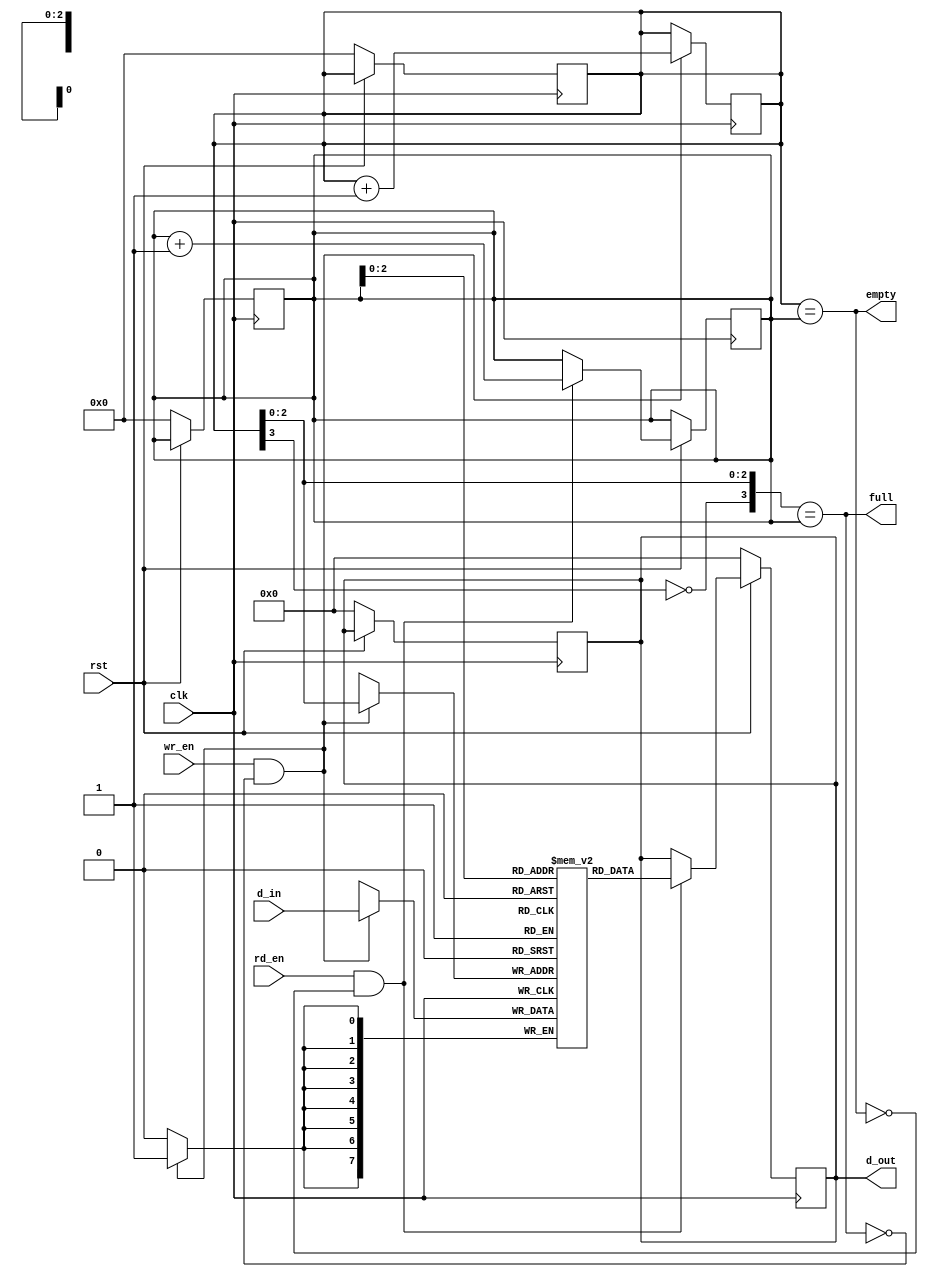
module fifo #(parameter depth=8)(
    input clk,rst,wr_en,rd_en, 
    input [7:0]d_in, 
    output full,empty, 
    output reg [7:0]d_out);
parameter pointer_width=$clog2(depth);
reg[pointer_width:0] wr_ptr,rd_ptr;
reg[7:0] mem[depth-1:0];
//integer i;


//Reset Logic
always@(posedge clk)
begin 
    if(!rst)
    begin 
        wr_ptr<=0; rd_ptr<=0; d_out<=0;
//        for(i=0;i<depth;i=i+1) mem[i]<=0;
    end
end

//Writing into FIFO buffer
always@(posedge clk)
begin 
    if(wr_en&&!full)
    begin 
        mem[wr_ptr[pointer_width-1:0]]<=d_in;
        wr_ptr<=wr_ptr+1;
    end
end

//Reading from FIFO buffer
always@(posedge clk)
begin 
    if(!rst) d_out<=0;
    else if(rd_en&&!empty)
    begin 
        d_out<=mem[rd_ptr[pointer_width-1:0]];
        rd_ptr<=rd_ptr+1;
    end
end
//Status flags
assign empty = (wr_ptr == rd_ptr);
assign full = ({~wr_ptr[pointer_width],wr_ptr[pointer_width-1:0]} == rd_ptr);
endmodule